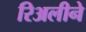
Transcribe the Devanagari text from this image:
रिअलीने